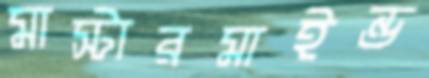
মাস্টারমাইন্ড